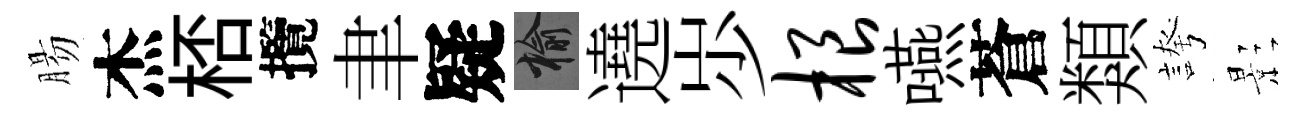
腸杰桮攬聿疑榆遶𡵯根嚥蒼類誇影